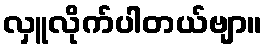
လှူလိုက်ပါတယ်ဗျာ။